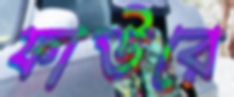
ফাউরে